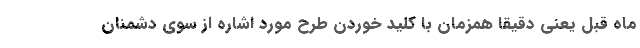
ماه قبل یعنی دقیقاً همزمان با کلید خوردن طرح مورد اشاره از سوی دشمنان